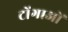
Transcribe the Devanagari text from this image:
टोंगाओं